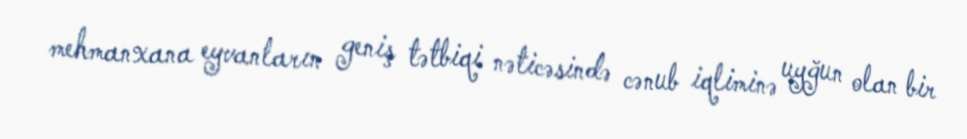
mehmanxana eyvanların geniş tətbiqi nəticəsində cənub iqliminə uyğun olan bir